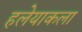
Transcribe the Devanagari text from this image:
हलेयाकला